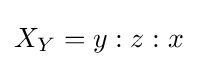
X_{Y}=y:z:x